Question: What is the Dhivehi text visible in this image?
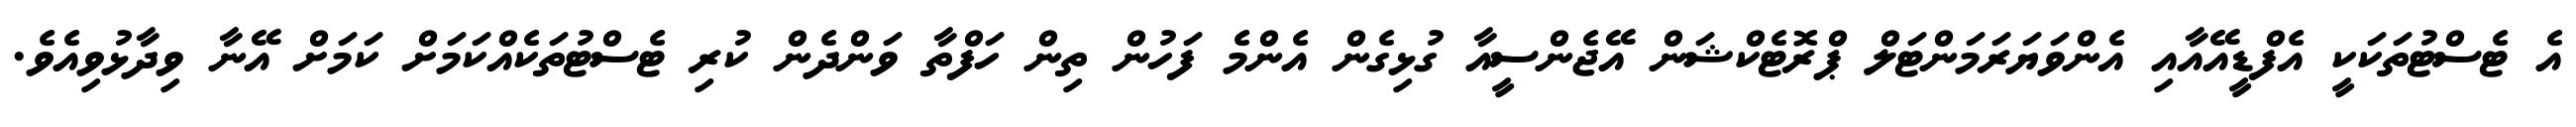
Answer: އެ ޓެސްޓުތަކަކީ އެފްޑީއޭއާއި އެންވަޔަރަމަންޓަލް ޕްރޮޓެކްޝަން އޭޖެންސީއާ ގުޅިގެން އެންމެ ފަހުން ތިން ހަފްތާ ވަންދެން ކުރި ޓެސްޓުތަކެއްކަމަށް ކަމަށް އޭނާ ވިދާޅުވިއެވެ.